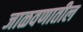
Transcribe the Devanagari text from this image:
जाळवणातील